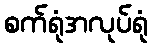
စက်ရုံအလုပ်ရုံ